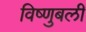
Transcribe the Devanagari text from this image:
विष्णुबली